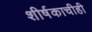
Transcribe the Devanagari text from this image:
शीर्षकाचीही